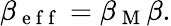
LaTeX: \beta_{\mathrm{~e~f~f~}}=\beta_{\mathrm{~M~}}\beta.